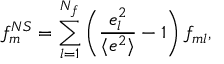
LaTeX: f _ { m } ^ { N S } = \sum _ { l = 1 } ^ { N _ { f } } \left( { \frac { e _ { l } ^ { 2 } } { \langle e ^ { 2 } \rangle } } - 1 \right) f _ { m l } ,